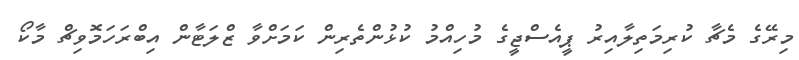
މިރޭގެ މެޗާ ކުރިމަތިލާއިރު ޕީއެސްޖީގެ މުހިއްމު ކުޅުންތެރިން ކަމަށްވާ ޒްލަޓާން އިބްރަހަމޮވިޗް މާކޯ